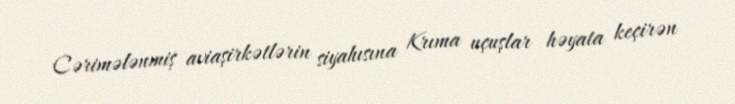
Cərimələnmiş aviaşirkətlərin siyahısına Krıma uçuşlar həyata keçirən